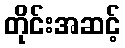
တိုင်းအဆင့်